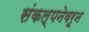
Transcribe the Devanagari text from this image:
संकल्पनेवरून